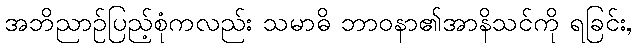
အဘိညာဉ်ပြည့်စုံကလည်း သမာဓိ ဘာဝနာ၏အာနိသင်ကို ရခြင်း,